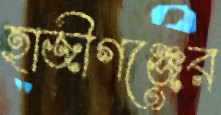
হাজীগঞ্জের